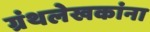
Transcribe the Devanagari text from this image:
ग्रंथलेखकांना